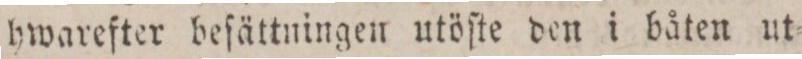
hwarefter beſättningen utöſte den i båten ut